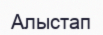
Алыстап